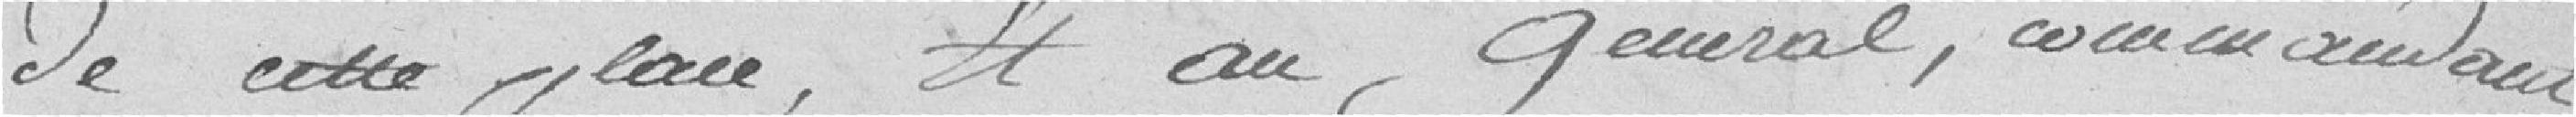
de cette place, et au général, commandant